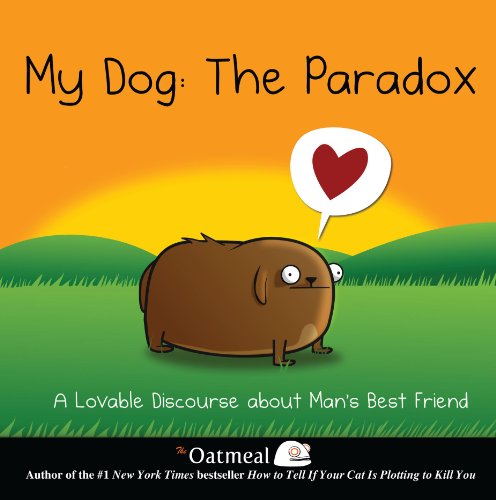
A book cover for My Dog: The Paradox: A Lovable Discourse about Man's Best Friend; The Oatmeal; Comics & Graphic Novels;